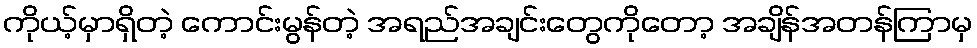
ကိုယ့်မှာရှိတဲ့ ကောင်းမွန်တဲ့ အရည်အချင်းတွေကိုတော့ အချိန်အတန်ကြာမှ